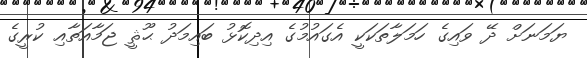
ޔަމަނަށް ދޭ ވައިގެ ހަމަލާތަކަކީ އެގައުމުގެ އިދިކޮޅު ބައިމަދު ޙޫޘީ ޖަމާއަތާއި ކުރީގެ